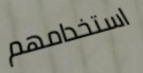
استخدامهم